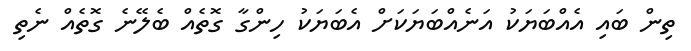
ތިން ބައި އެއްބަޔަކު އަނެއްބަޔަކަށް އެބަޔަކު ހިންގާ ގޮތެއް ބެލޭނެ ގޮތެއް ނެތި